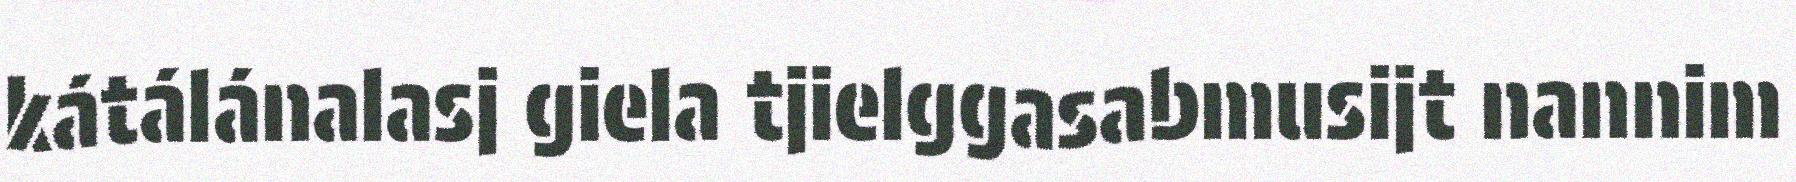
kátálánalasj giela tjielggasabmusijt nannim